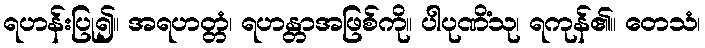
ရဟန်းပြု၍။ အရဟတ္တံ၊ ရဟန္တာအဖြစ်ကို။ ပါပုဏိံသု၊ ရကုန်၏။ တေသံ၊